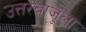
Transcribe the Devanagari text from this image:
उत्तरबाजूला